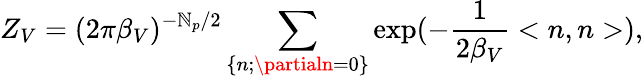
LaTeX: Z_{V}=(2\pi{\beta}_{V})^{-\mathbb{N}_{p}/2}\sum_{\left\{ n;\partialn=0\right\} }\exp(-\frac{{1}}{{2{\beta}_{V}}}<n,n>),